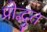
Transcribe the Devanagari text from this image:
प्रोद्भुत